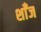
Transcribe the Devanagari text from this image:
शाँज